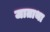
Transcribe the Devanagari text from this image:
जाताथा